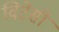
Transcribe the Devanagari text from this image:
विटेसी